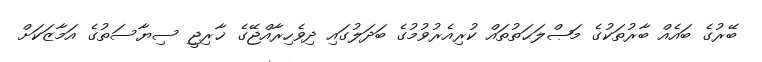
ބޭރުގެ ބައެއް ބާރުތަކުގެ މަޞްލަޙަތުތައް ކުރިއެރުވުމުގެ ބަދަލުގައި ދިވެހިރާއްޖޭގެ ޚާރިޖީ ސިޔާސަތުގެ އަމާޒަކަށް